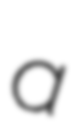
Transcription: a